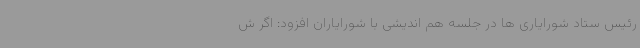
رئیس ستاد شورایاری ها در جلسه هم اندیشی با شورایاران افزود: اگر ش